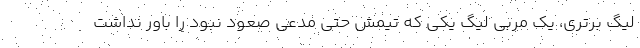
لیگ برتری، یک مربی لیگ یکی که تیمش حتی مدعی صعود نبود را باور نداشت